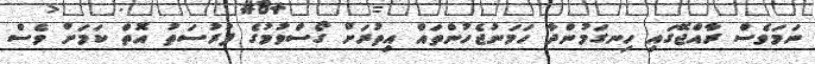
ނަމަވެސް ރާއްޖޭގައި ހިނގަމުންދާ ހަމަނުޖެހުންތައް އިތުރަށް ގޯސްވުމުގެ ފުރުސަތު އޮތް ކަމަށް ވެސް